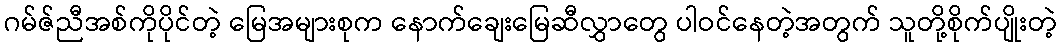
ဂမ်ဇ်ညီအစ်ကိုပိုင်တဲ့ မြေအများစုက နောက်ချေးမြေဆီလွှာတွေ ပါဝင်နေတဲ့အတွက် သူတို့စိုက်ပျိုးတဲ့